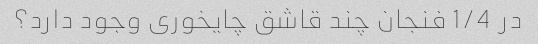
در 1/4 فنجان چند قاشق چایخوری وجود دارد؟